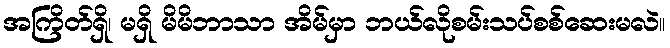
အကြိတ်ရှိ၊ မရှိ မိမိဘာသာ အိမ်မှာ ဘယ်လိုစမ်းသပ်စစ်ဆေးမလဲ။